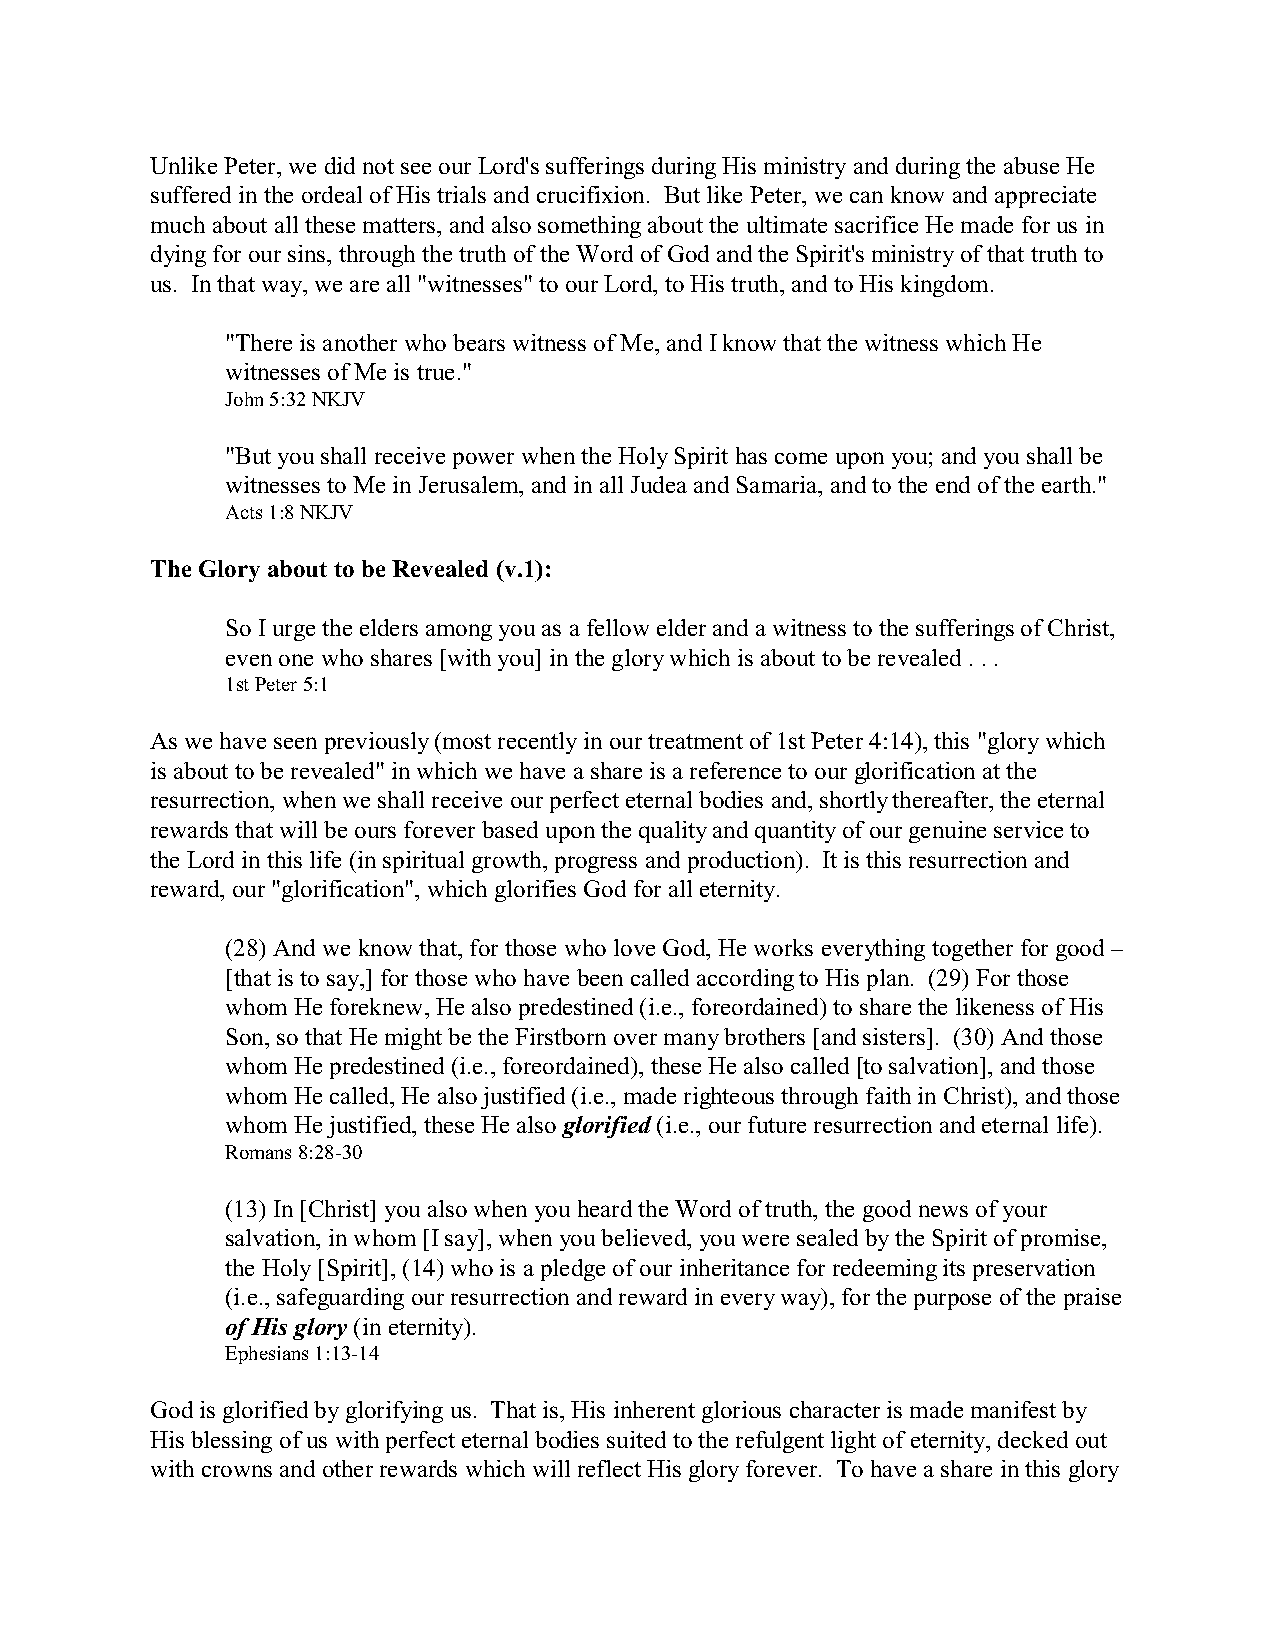
Unlike Peter, we did not see our Lord's sufferings during His ministry and during the abuse He
 suffered in the ordeal of His trials and crucifixion. But like Peter, we can know and appreciate
 much about all these matters, and also something about the ultimate sacrifice He made for us in
 dying for our sins, through the truth of the Word of God and the Spirit's ministry of that truth to
 us. In that way, we are all "witnesses" to our Lord, to His truth, and to His kingdom.
 "There is another who bears witness of Me, and I know that the witness which He
 witnesses of Me is true."
 John 5:32 NKJV
 "But you shall receive power when the Holy Spirit has come upon you; and you shall be
 witnesses to Me in Jerusalem, and in all Judea and Samaria, and to the end of the earth."
 Acts 1:8 NKJV
 The Glory about to be Revealed (v.1):
 So I urge the elders among you as a fellow elder and a witness to the sufferings of Christ,
 even one who shares [with you] in the glory which is about to be revealed . . .
 1st Peter 5:1
 As we have seen previously (most recently in our treatment of 1st Peter 4:14), this "glory which
 is about to be revealed" in which we have a share is a reference to our glorification at the
 resurrection, when we shall receive our perfect eternal bodies and, shortly thereafter, the eternal
 rewards that will be ours forever based upon the quality and quantity of our genuine service to
 the Lord in this life (in spiritual growth, progress and production). It is this resurrection and
 reward, our "glorification", which glorifies God for all eternity.
 (28) And we know that, for those who love God, He works everything together for good –
 [that is to say,] for those who have been called according to His plan. (29) For those
 whom He foreknew, He also predestined (i.e., foreordained) to share the likeness of His
 Son, so that He might be the Firstborn over many brothers [and sisters]. (30) And those
 whom He predestined (i.e., foreordained), these He also called [to salvation], and those
 whom He called, He also justified (i.e., made righteous through faith in Christ), and those
 whom He justified, these He also glorified (i.e., our future resurrection and eternal life).
 Romans 8:28-30
 (13) In [Christ] you also when you heard the Word of truth, the good news of your
 salvation, in whom [I say], when you believed, you were sealed by the Spirit of promise,
 the Holy [Spirit], (14) who is a pledge of our inheritance for redeeming its preservation
 (i.e., safeguarding our resurrection and reward in every way), for the purpose of the praise
 of His glory (in eternity).
 Ephesians 1:13-14
 God is glorified by glorifying us. That is, His inherent glorious character is made manifest by
 His blessing of us with perfect eternal bodies suited to the refulgent light of eternity, decked out
 with crowns and other rewards which will reflect His glory forever. To have a share in this glory